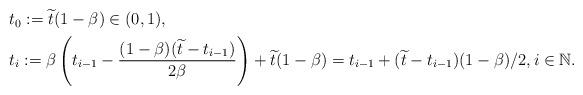
LaTeX: \begin{align*} \begin{aligned}&t_0 :=\widetilde t(1-\beta) \in (0,1), \\ & t_{i}:=\beta \left (t_{i-1}-\frac{(1-\beta)(\widetilde t-t_{i-1})}{2 \beta} \right)+\widetilde t(1-\beta)=t_{i-1}+(\widetilde t -t_{i-1})(1-\beta)/2, i \in \mathbb{N}.\end{aligned}\end{align*}